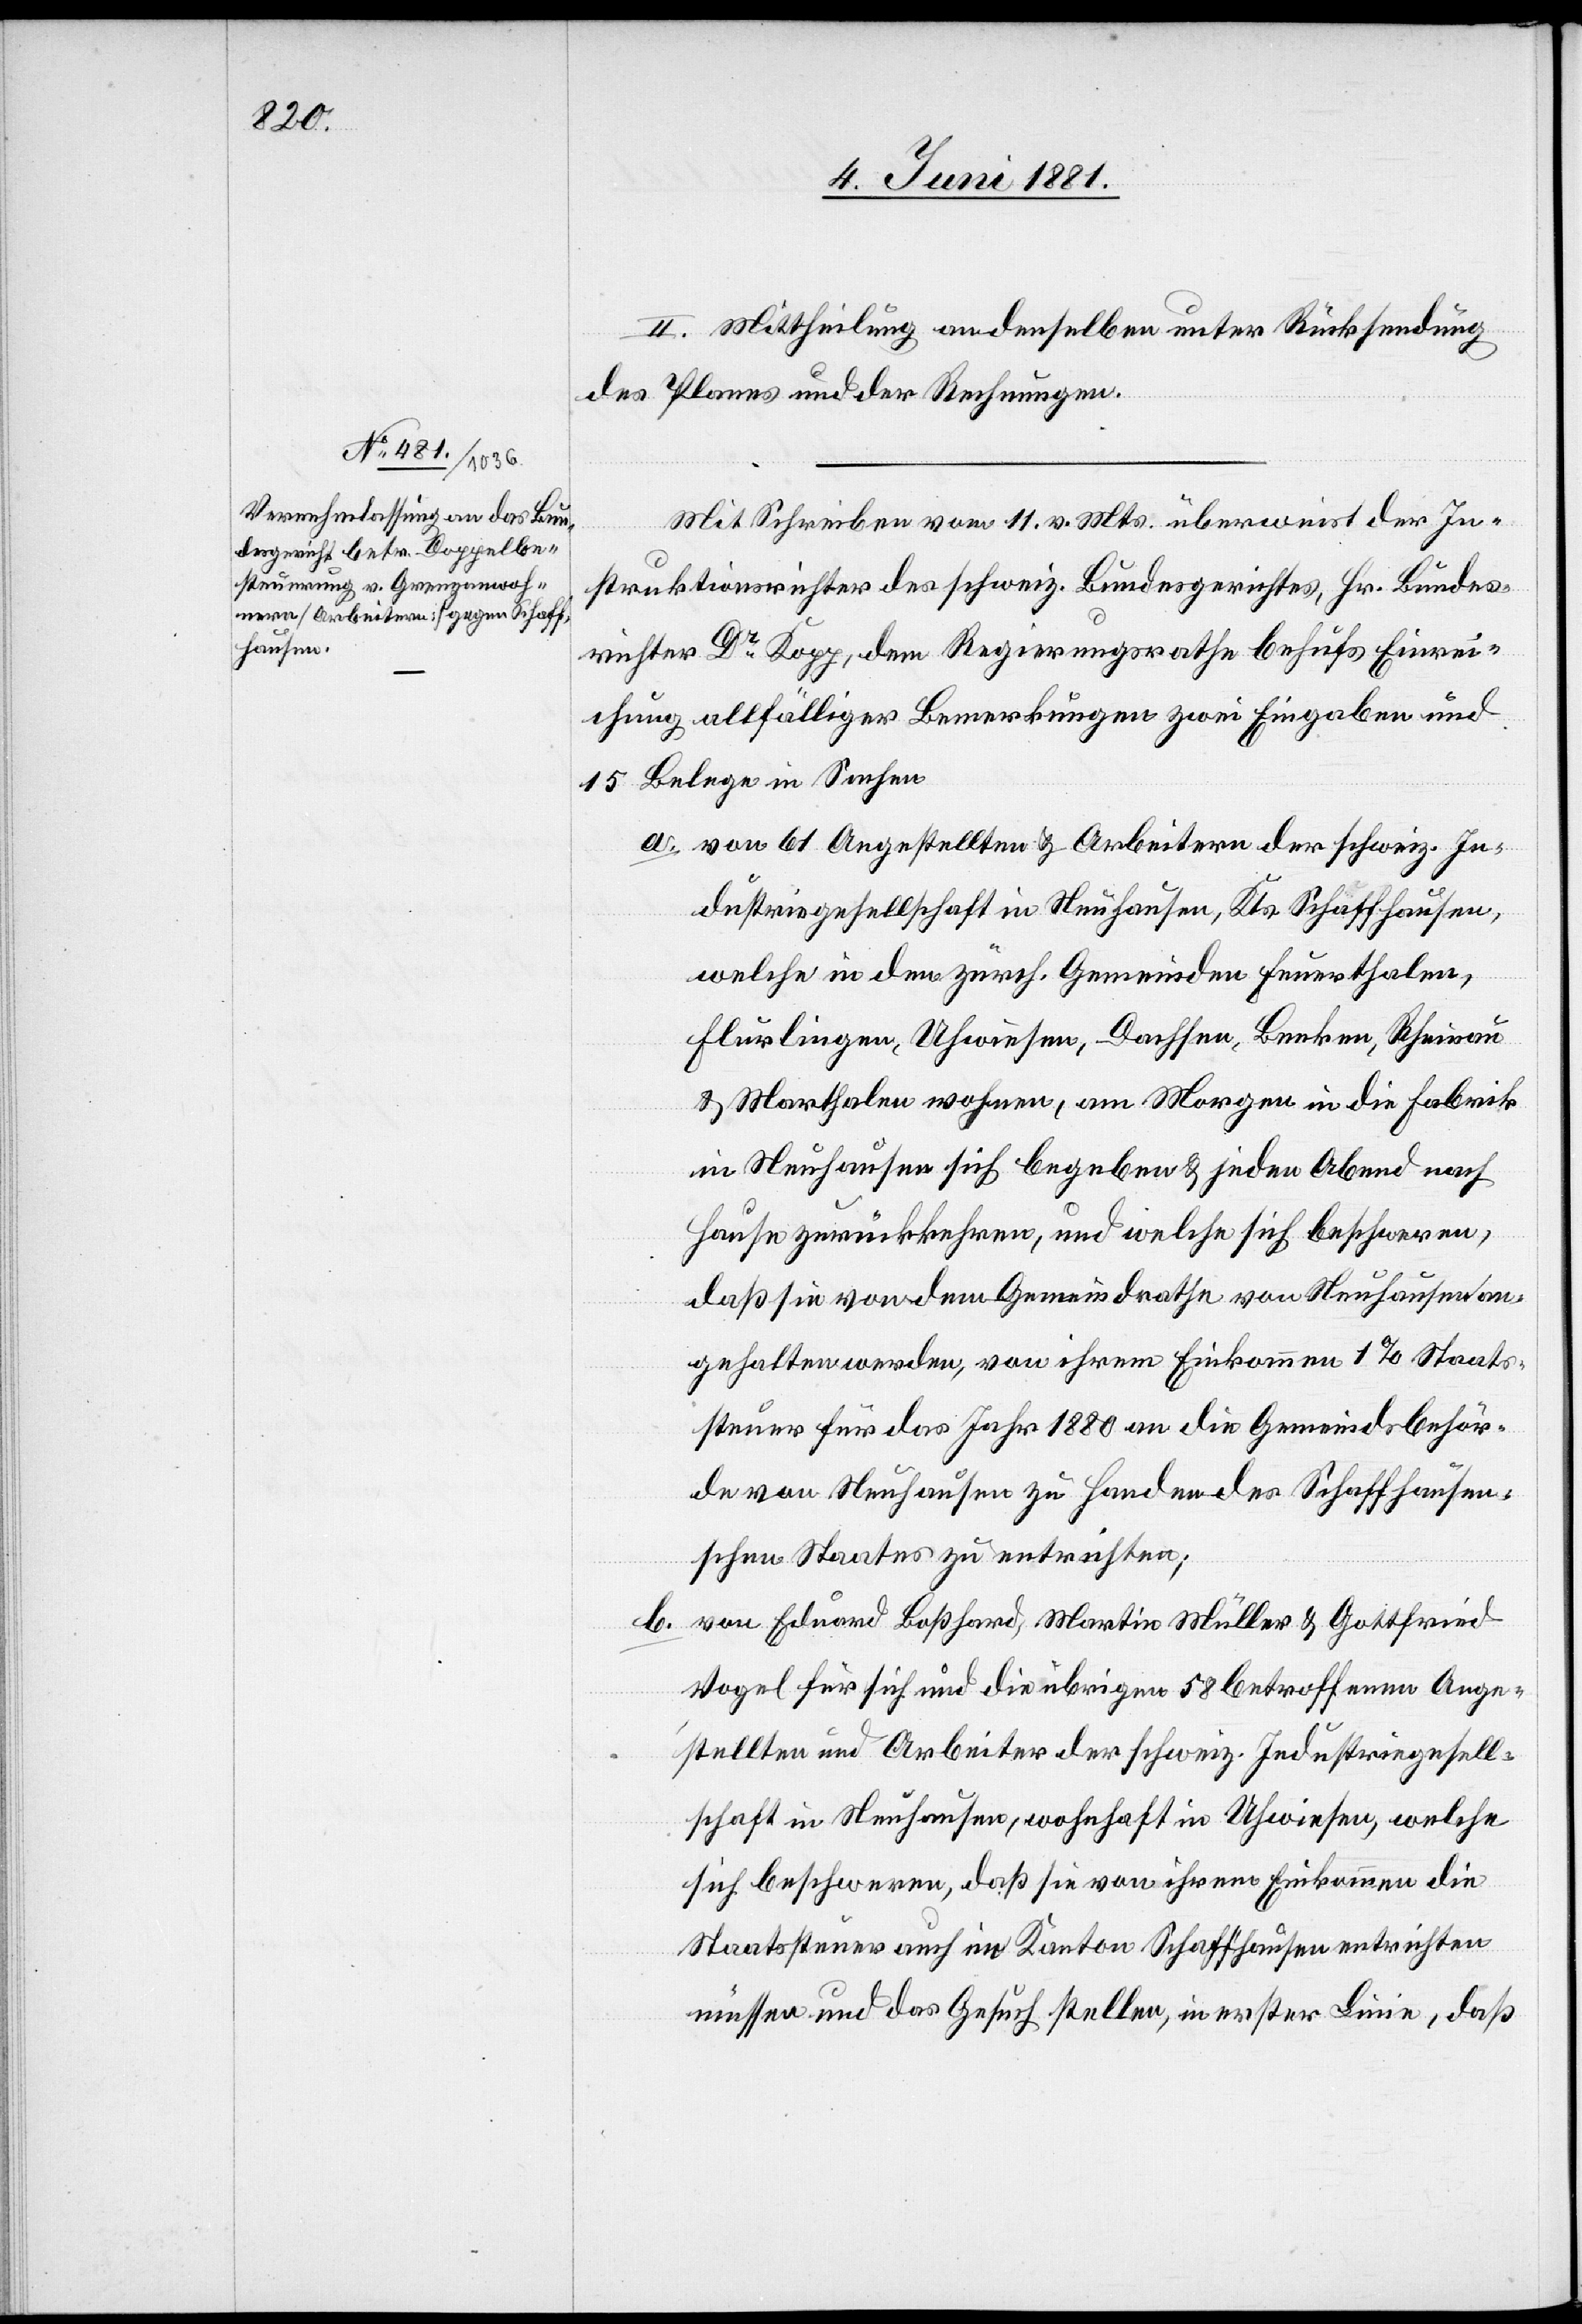
II. Mittheilung an denselben unter Rücksendung
des Planes und der Rechnungen.
Mit Schreiben vom 11. v. Mts. überweist der In¬
struktionsrichter des schweiz. Bundesgerichtes, Hr. Bundes¬
richter Dr Kopp, dem Regierungsrathe behufs Einrei¬
chung allfälliger Bemerkungen zwei Eingaben und
15 Belege in Sachen
a. von 61 Angestellten & Arbeitern der schweiz. In¬
dustriegesellschaft in Neuhausen, Kts. Schaffhausen,
welche in den zürch. Gemeinden Feuerthalen,
Flurlingen, Uhwiesen, Dachsen, Benken, Rheinau
& Marthalen wohnen, am Morgen in die Fabrik
in Neuhausen sich begeben & jeden Abend nach
Hause zurückkehren, und welchen sich beschweren,
daß sie von dem Gemeindrathe von Neuhausen an¬
gehalten werden, von ihrem Einkommen 1% Staats¬
steuer für das Jahr 1880 an die Gemeindsbehör¬
de von Neuhausen zu Handen des Schaffhausen¬
schen Staates zu entrichten;
b. von Eduard Boßhard, Martin Müller & Gottfried
Vogel für sich und die übrigen 58 betroffenen Ange¬
stellten und Arbeiter der schweiz. Industriegesell¬
schaft in Neuhausen, wohnhaft in Uhwiesen, welche
sich beschweren, daß sie von ihrem Einkommen die
Staatssteuer auch im Kanton Schaffhausen entrichten
müssen und das Gesuch stellen, in erster Linie, daß